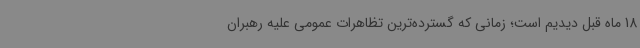
18 ماه قبل دیدیم است؛ زمانی که گسترده‌ترین تظاهرات عمومی علیه رهبران